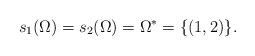
LaTeX: \begin{align*}s_1(\Omega) = s_2(\Omega) = \Omega^* = \{(1,2)\}.\end{align*}